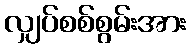
လျှပ်စစ်စွမ်းအား